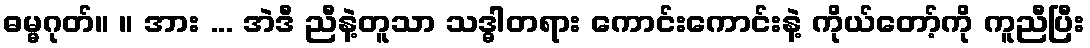
ဓမ္မဂုတ်။ ။ အား ... အဲဒီ ညီနဲ့တူသာ သဒ္ဓါတရား ကောင်းကောင်းနဲ့ ကိုယ်တော့်ကို ကူညီပြီး